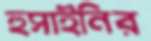
হুসাইনির